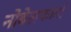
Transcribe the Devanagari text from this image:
नोबेलफार्मा